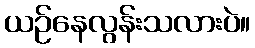
ယဉ်နေလွန်းသလားပဲ။